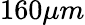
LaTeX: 160\mu m